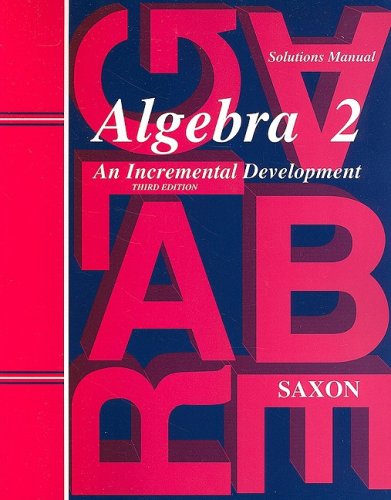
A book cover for Saxon Algebra 2: Solutions Manual; Teen & Young Adult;